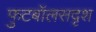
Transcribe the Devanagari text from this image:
फुटबॉलसदृश